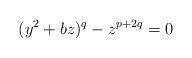
LaTeX: \begin{align*}(y^2+bz)^q-z^{p+2q}=0\end{align*}